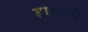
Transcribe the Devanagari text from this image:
ड्रामाची